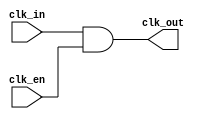
module clock_gating_cell (
    input wire clk_in,
    input wire clk_en,
    output wire clk_out
);
    // Clock gating cell using AND gate
    assign clk_out = clk_in & clk_en;
endmodule